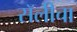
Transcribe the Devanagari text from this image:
सॅलीचा